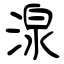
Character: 湶